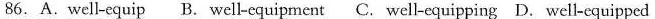
86.A.Well-equip B. Well-equipment C. Well-equipping D. Well-equipped